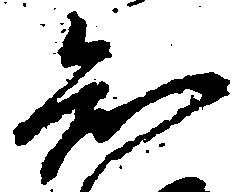
知